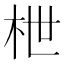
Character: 枻